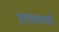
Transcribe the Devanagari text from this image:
तापमापनाची